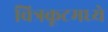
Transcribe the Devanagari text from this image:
चित्रकूटमध्ये